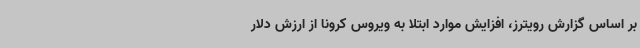
بر اساس گزارش رویترز، افزایش موارد ابتلا به ویروس کرونا از ارزش دلار